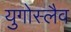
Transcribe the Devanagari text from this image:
युगोस्लैव